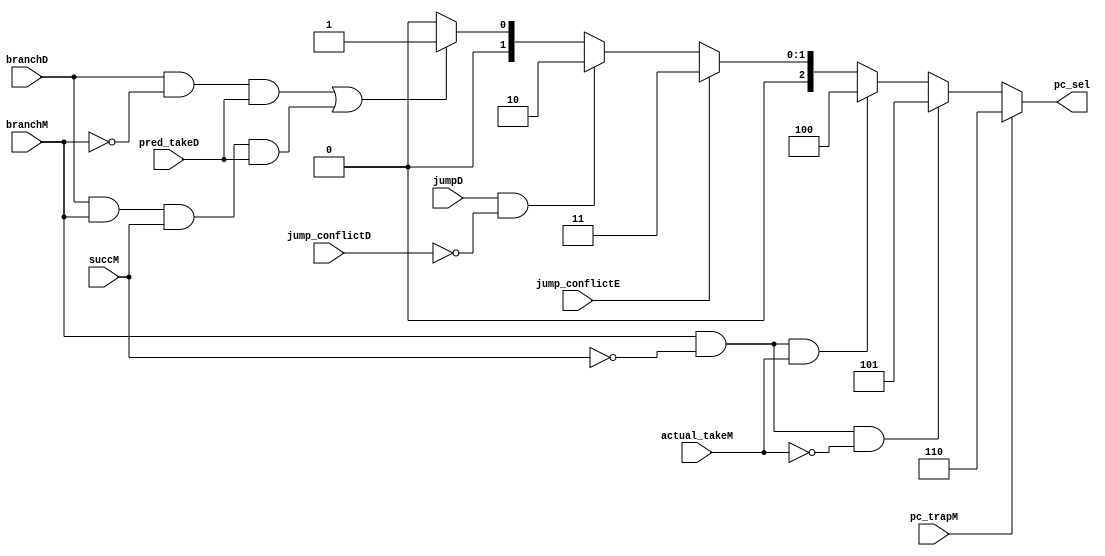
module pc_ctrl(
    input wire branchD,
    input wire branchM,
    input wire succM,
    input wire actual_takeM,
    input wire pred_takeD,

    input wire pc_trapM,
    input wire jumpD,
    input wire jump_conflictD,
    input wire jump_conflictE,

    output reg [2:0] pc_sel
);
    always @(*) begin
        if(pc_trapM)
            pc_sel = 3'b110;
        else if(branchM & ~succM & ~actual_takeM)
            pc_sel = 3'b101;
        else if(branchM & ~succM & actual_takeM)
            pc_sel = 3'b100;
        else if(jump_conflictE)
            pc_sel = 3'b011;
        else if(jumpD & ~jump_conflictD)
            pc_sel = 3'b010;
        else if(branchD & ~branchM & pred_takeD ||
                     branchD & branchM & succM & pred_takeD)
            pc_sel = 3'b001;
        else
            pc_sel = 3'b000;
    end

    // assign pc_sel = (branchM & ~succM & actual_takeM) ? 2'b10:
    //                 (branchM & ~succM & ~actual_takeM) ? 2'b11:
    //                 (branchD & ~branchM & pred_takeD ||
    //                  branchD & branchM & succM & pred_takeD) ? 2'b01:
    //                  2'b00;

    // assign pc_sel2[0] = pc_trapM | jumpD & ~jump_conflictD & ~jump_conflictE;
    // assign pc_sel2[1] = pc_trapM | jump_conflictE;

    // always @(*) begin
    //     if(pc_trapM)
    //         pc_sel2 = 2'b11;
    //     else if(jump_conflictE)
    //         pc_sel2 = 2'b10;
    //     else if(jumpD & ~jump_conflictD)
    //         pc_sel2 = 2'b01;
    //     else
    //         pc_sel2 = 2'b00;
    // end
endmodule